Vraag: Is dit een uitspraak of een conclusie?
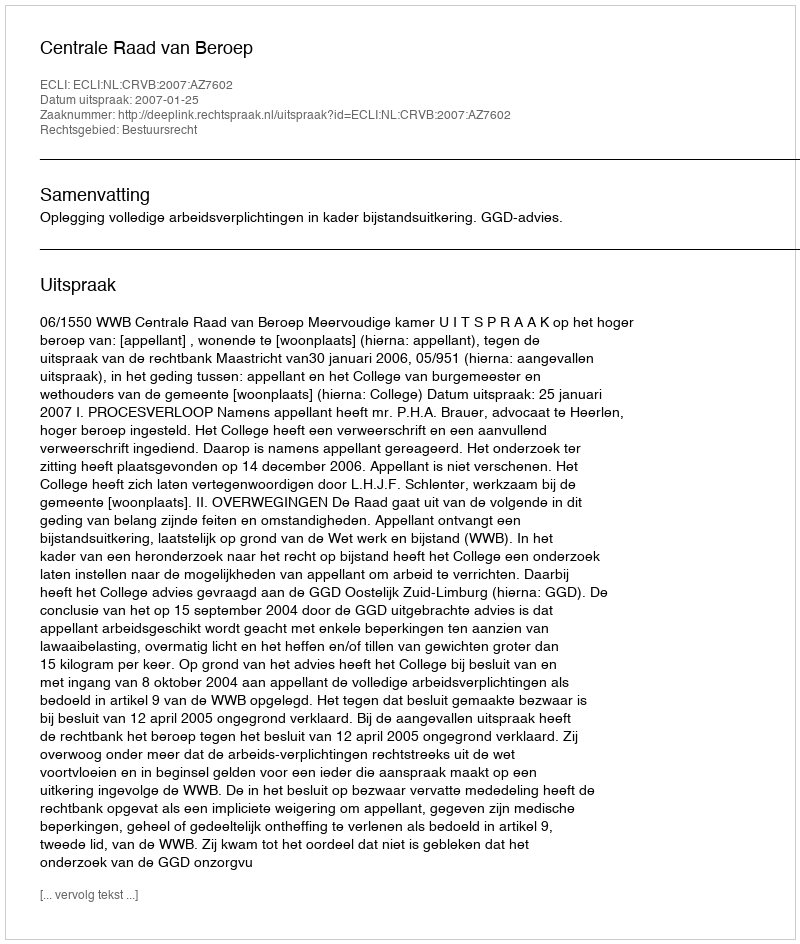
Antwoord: Uitspraak